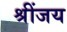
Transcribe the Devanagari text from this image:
श्रींजय